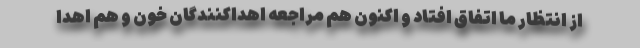
از انتظار ما اتفاق افتاد و اکنون هم مراجعه اهداکنندگان خون و هم اهدا